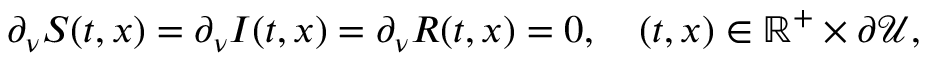
\partial _ { \nu } S ( t , x ) = \partial _ { \nu } I ( t , x ) = \partial _ { \nu } R ( t , x ) = 0 , \quad ( t , x ) \in \mathbb { R } ^ { + } \times \partial \mathcal { U } ,